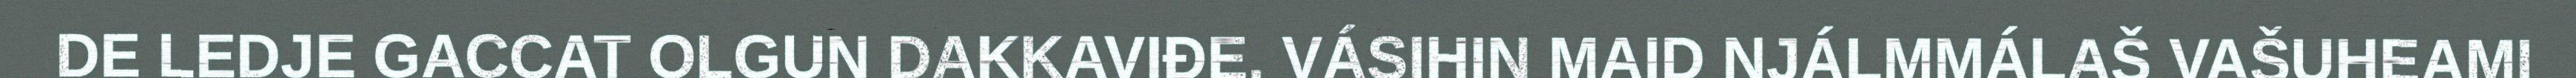
DE LEDJE GACCAT OLGUN DAKKAVIĐE. VÁSIHIN MAID NJÁLMMÁLAŠ VAŠUHEAMI